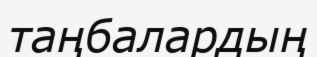
таңбалардың